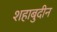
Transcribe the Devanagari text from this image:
शहाबुदीन